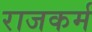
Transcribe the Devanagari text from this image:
राजकर्म